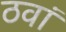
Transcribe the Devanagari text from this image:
ठवां